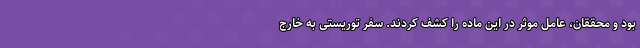
بود و محققان، عامل موثر در این ماده را کشف کردند. سفر توریستی به خارج